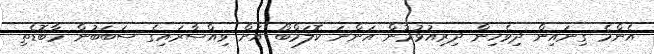
އެންމެ ގިނައިން ދިވެހިން ދިރިއުޅުމުން އަންނަ ކޮލަމްބޯ އަށް ވިއްސާރައިގެ ސަބަބުން މާބޮޑެތި